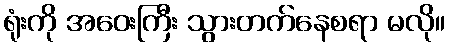
ရုံးကို အဝေးကြီး သွားတက်နေစရာ မလို။